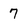
Character: 7